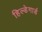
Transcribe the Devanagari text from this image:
हिल्डेगार्ड